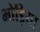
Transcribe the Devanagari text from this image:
भोड़िया